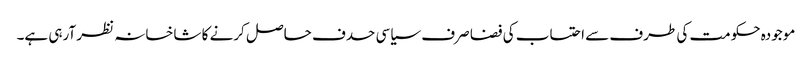
موجودہ حکومت کی طرف سے احتساب کی فضا صرف سیاسی حدف حاصل کرنے کا شاخسانہ نظر آرہی ہے۔